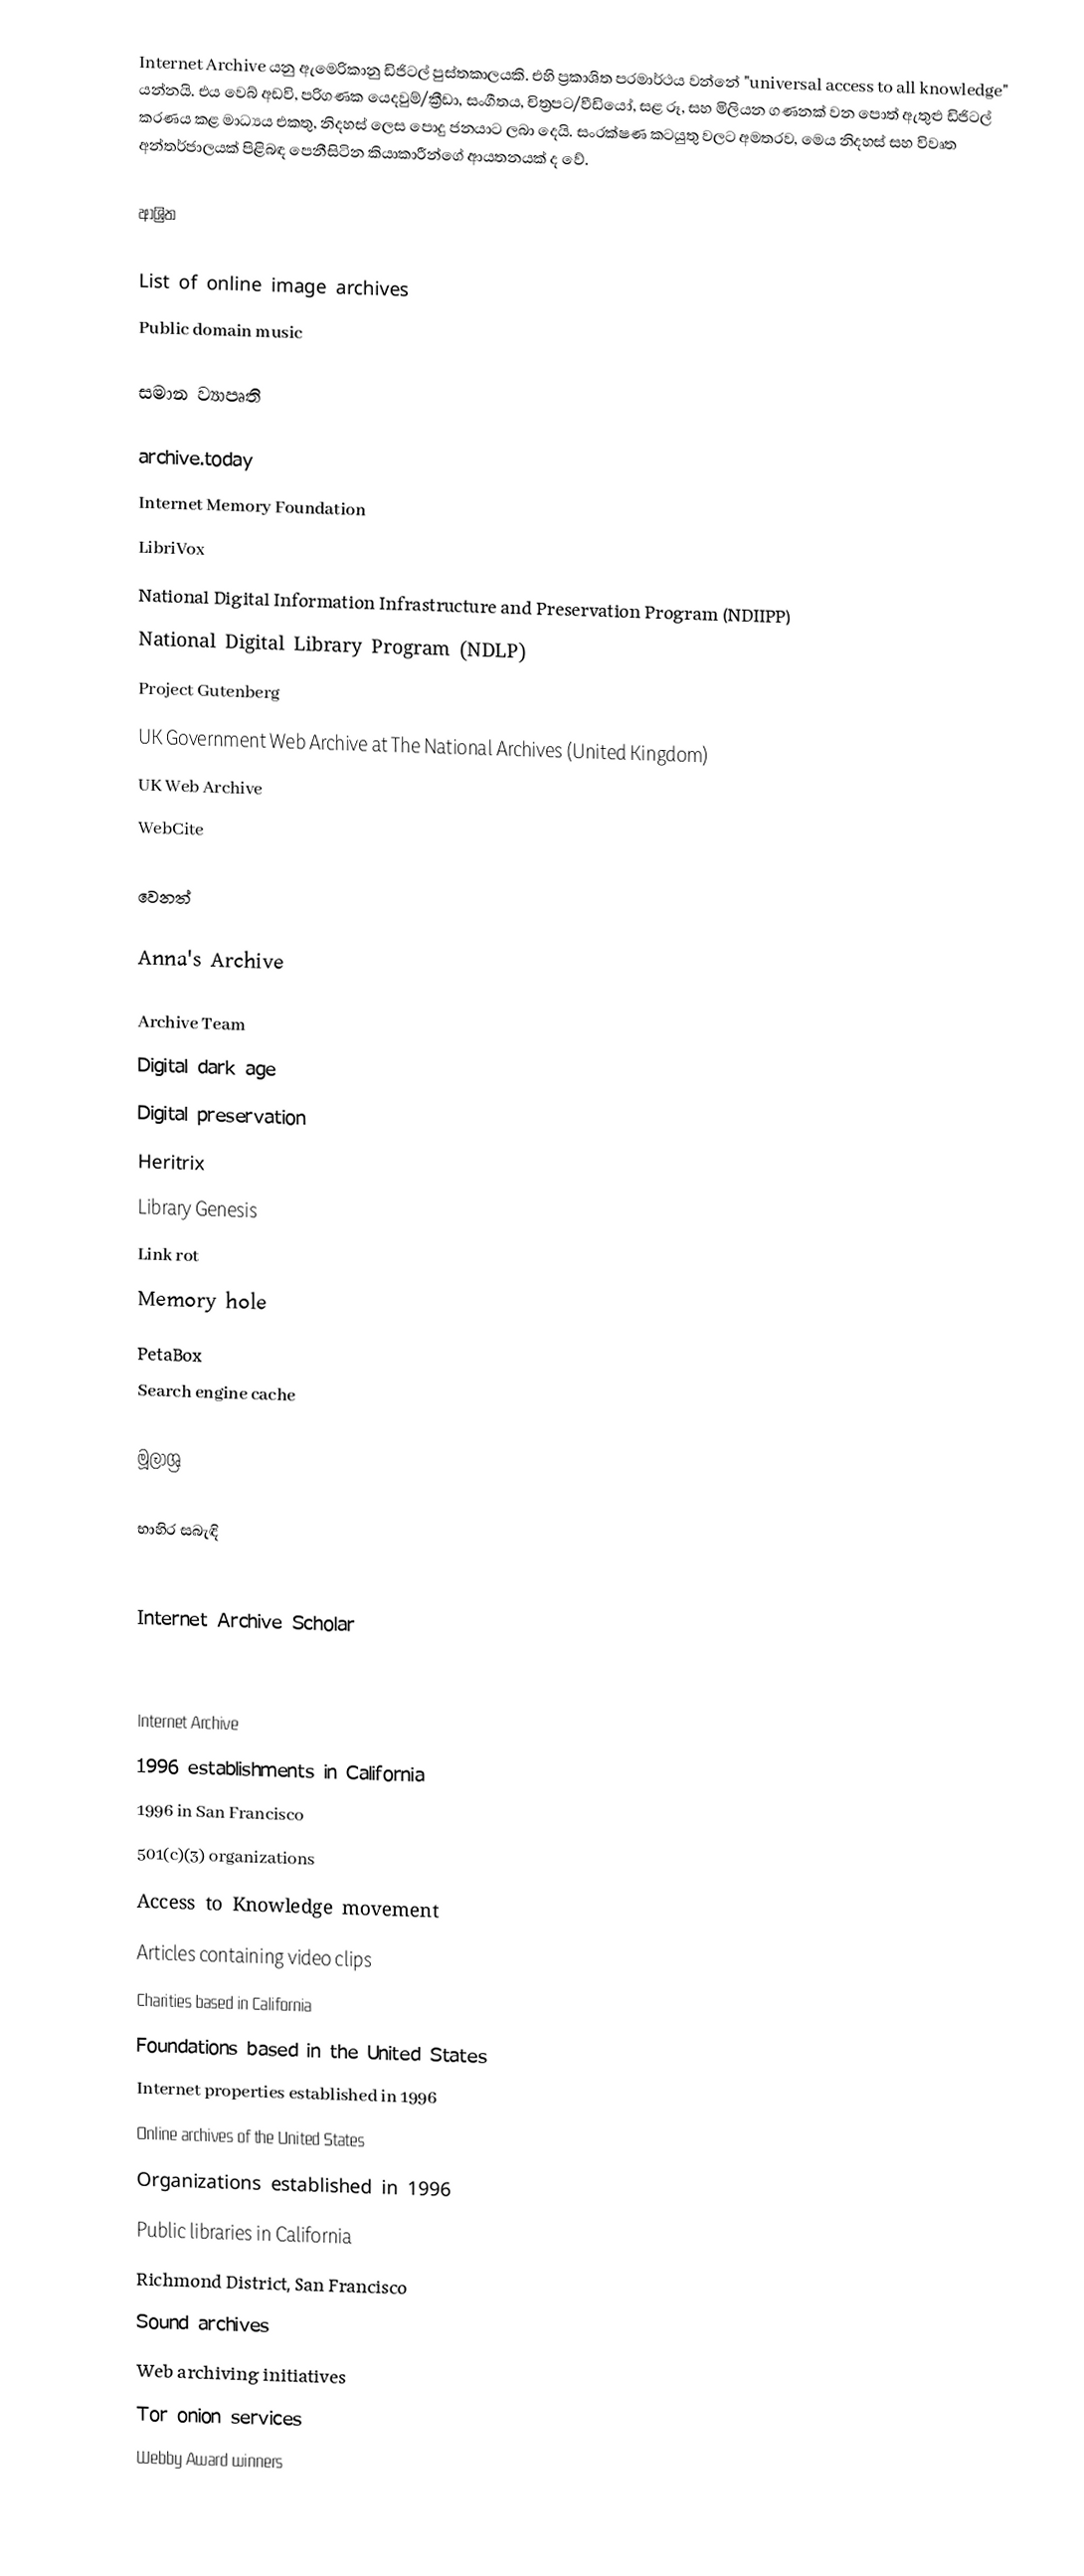
Internet Archive යනු ඇමෙරිකානු ඩිජිටල් පුස්තකාලයකි. එහි ප්‍රකාශිත පරමාර්ථය වන්නේ "universal access to all knowledge" යන්නයි. එය වෙබ් අඩවි, පරිගණක යෙදවුම්/ක්‍රීඩා, සංගීතය, චිත්‍රපට/වීඩියෝ, සළ රූ, සහ මිලියන ගණනක් වන පොත් ඇතුළු ඩිජිටල් කරණය කළ මාධ්‍යය එකතු, නිදහස් ලෙස පොදු ජනයාට ලබා දෙයි. සංරක්ෂණ කටයුතු වලට අමතරව, මෙය නිදහස් සහ විවෘත අන්තර්ජාලයක් පිළිබඳ පෙනීසිටින කියාකාරීන්ගේ ආයතනයක් ද වේ.

ආශ්‍රිත

 List of online image archives
 Public domain music

සමාන ව්‍යාපෘති

 archive.today
 Internet Memory Foundation
 LibriVox
 National Digital Information Infrastructure and Preservation Program (NDIIPP)
 National Digital Library Program (NDLP)
 Project Gutenberg
 UK Government Web Archive at The National Archives (United Kingdom)
 UK Web Archive
 WebCite

වෙනත්

 Anna's Archive

 Archive Team
 Digital dark age
 Digital preservation
 Heritrix
 Library Genesis
 Link rot
 Memory hole
 PetaBox
 Search engine cache

මූලාශ්‍ර

භාහිර සබැඳි

 Internet Archive Scholar

Internet Archive
1996 establishments in California
1996 in San Francisco
501(c)(3) organizations
Access to Knowledge movement
Articles containing video clips
Charities based in California
Foundations based in the United States
Internet properties established in 1996
Online archives of the United States
Organizations established in 1996
Public libraries in California
Richmond District, San Francisco
Sound archives
Web archiving initiatives
Tor onion services
Webby Award winners